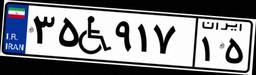
۳۵W۹۱۷۱۵